Source: Computer-generated
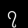
Digit: ၇ (7)